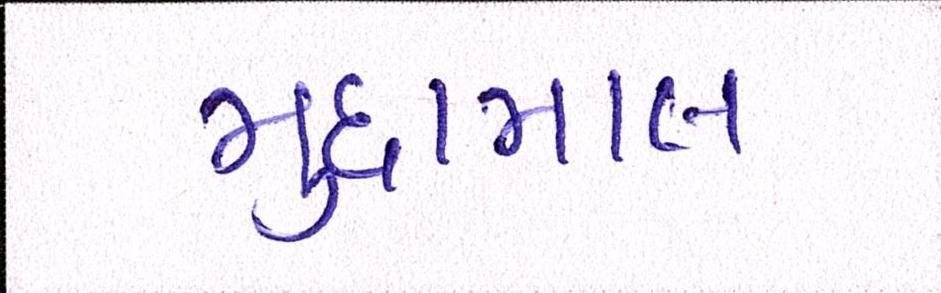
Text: મુદામાલ